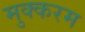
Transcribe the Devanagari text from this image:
मुक्करम